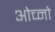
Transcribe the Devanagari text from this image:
ओच्नो